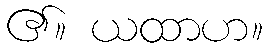
၏။ ယထာဟ။